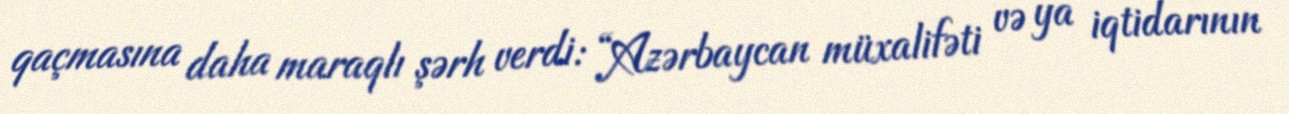
qaçmasına daha maraqlı şərh verdi: “Azərbaycan müxalifəti və ya iqtidarının